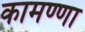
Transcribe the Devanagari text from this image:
कामण्णा